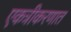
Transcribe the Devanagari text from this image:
एकत्रीकरणात